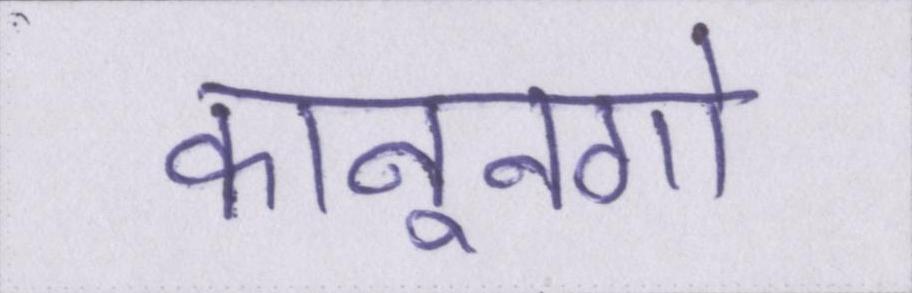
कानूनगो